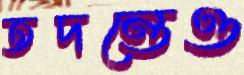
তদন্তেও